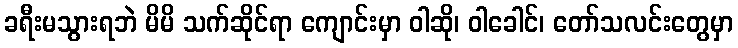
ခရီးမသွားရဘဲ မိမိ သက်ဆိုင်ရာ ကျောင်းမှာ ဝါဆို၊ ဝါခေါင်၊ တော်သလင်းတွေမှာ